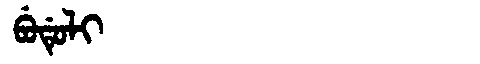
Manchu: ᠪᡠᡩᡠᠯᡳ
Romanization: BUDULI